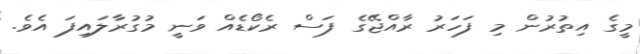
މީގެ އިތުރުން މި ފަހަރު ރާއްޖޭގެ ފަސް ރެކޯޑެއް ވަނީ މުގުރާލައިފަ އެވެ.